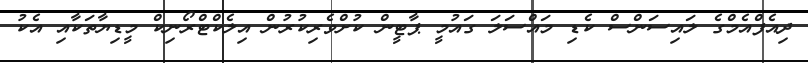
ދިއެފްއެމްގެ ލައިސަންސް ކެޑި މައްސަލަ ގައުމީ ޕާޓީން ކުށްވެރިކުރުން އިލެކްޓްރޯނިކް މީޑިޔާތަކާއި އެކު